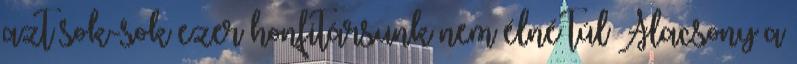
azt sok-sok ezer honfitársunk nem élné túl Alacsony a